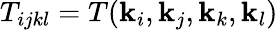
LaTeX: T_{ijkl}=T(\mathbf{k}_{i},\mathbf{k}_{j},\mathbf{k}_{k},\mathbf{k}_{l})